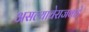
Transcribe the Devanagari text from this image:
असल्याचेराजवाडे